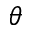
\theta